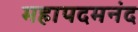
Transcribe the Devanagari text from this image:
महापदमनंद